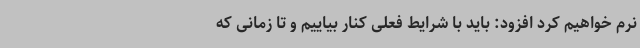
نرم خواهیم کرد افزود: باید با شرایط فعلی کنار بیاییم و تا زمانی که